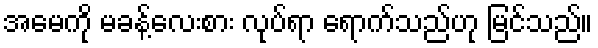
အမေကို မခန့်လေးစား လုပ်ရာ ရောက်သည်ဟု မြင်သည်။